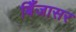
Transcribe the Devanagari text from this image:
बिँजासर